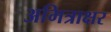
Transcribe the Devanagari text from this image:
अमित्राक्षर